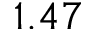
1 . 4 7